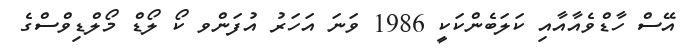
އޭސް ހާޑްވެއާއާއި ކަލަބެންކަކީ 1986 ވަނަ އަހަރު އުފަންވ ކޯ ލޯޑް މޯލްޑިވްސްގެ